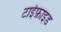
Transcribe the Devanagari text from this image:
टाईफ़ाइड